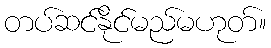
တပ်ဆင်နိုင်မည်မဟုတ်။